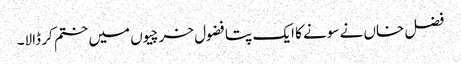
فضل خاں نے سونے کا ایک پتا فضول خرچیوں میں ختم کر ڈالا۔